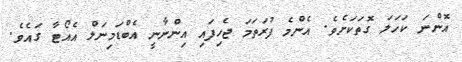
އޮންނަ ކަހަލަ ގޮތަކަށެވެ. އެންމެ ފުރަތަމަ ޖެހިފައި އިންނާނީ އެބްޑަމިނަލް އެއޯޓާ ގައެވެ.